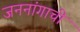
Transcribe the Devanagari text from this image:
जननांगाची